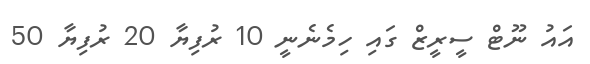
އައު ނޫޓް ސީރީޒް ގައި ހިމެނެނީ 10 ރުފިޔާ 20 ރުފިޔާ 50